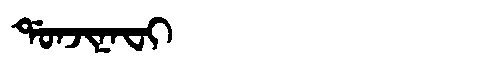
Manchu: ᡩᠣᠨᠵᡳᠨᠠᠸᡳ
Romanization: DONJINAFI